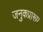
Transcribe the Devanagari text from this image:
जनुकप्रारूप